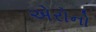
એરોનો